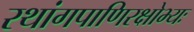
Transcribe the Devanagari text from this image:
रथांगपाणिरक्षोभ्यः